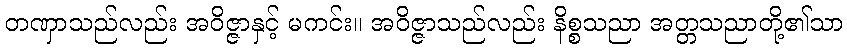
တဏှာသည်လည်း အဝိဇ္ဇာနှင့် မကင်း။ အဝိဇ္ဇာသည်လည်း နိစ္စသညာ အတ္တသညာတို့၏သာ